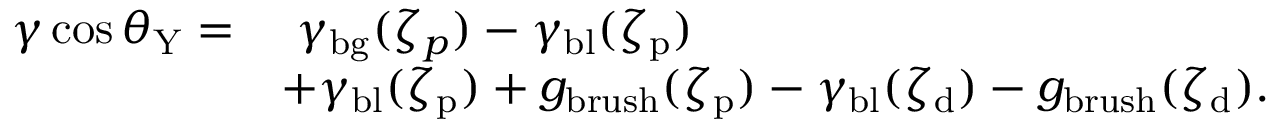
\begin{array} { r l } { \gamma \cos \theta _ { \mathrm { Y } } = } & { \ \gamma _ { \mathrm { b g } } ( \zeta _ { p } ) - \gamma _ { \mathrm { b l } } ( \zeta _ { \mathrm { p } } ) } \\ & { + \gamma _ { \mathrm { b l } } ( \zeta _ { \mathrm { p } } ) + g _ { \mathrm { b r u s h } } ( \zeta _ { \mathrm { p } } ) - \gamma _ { \mathrm { b l } } ( \zeta _ { \mathrm { d } } ) - g _ { \mathrm { b r u s h } } ( \zeta _ { \mathrm { d } } ) . } \end{array}